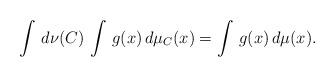
LaTeX: \begin{align*}\int \, d\nu(C) \, \int \, g(x) \, d\mu_C (x) = \int \, g(x) \, d \mu(x).\end{align*}